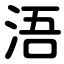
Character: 浯